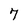
Character: 7